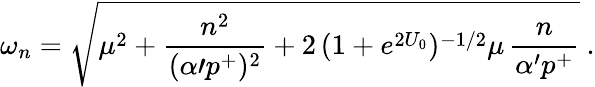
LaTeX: \omega_{n}=\sqrt{\mu^{2}+{\frac{n^{2}}{(\alpha{\prime}p^{+})^{2}}}+2\, (1+e^{2U_{0}})^{-1/2}\mu\, {\frac{n}{\alpha^{\prime}p^{+}}}}\ .